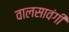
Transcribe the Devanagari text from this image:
वालसावंगी